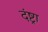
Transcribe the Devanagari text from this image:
दंष्ट्रा